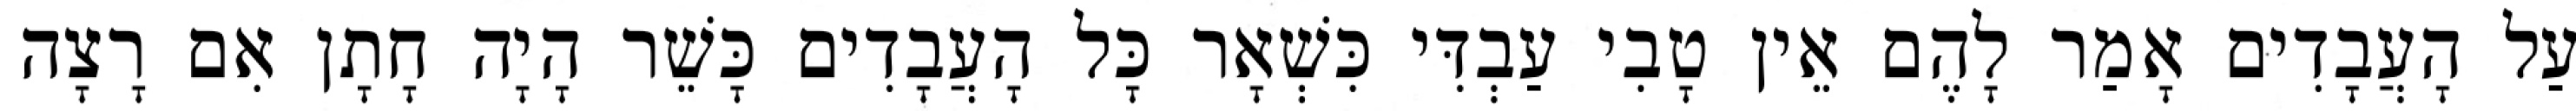
עַל הָעֲבָדִים אָמַר לָהֶם אֵין טָבִי עַבְדִּי כִּשְׁאָר כָּל הָעֲבָדִים כָּשֵׁר הָיָה חָתָן אִם רָצָה